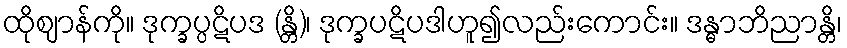
ထိုဈာန်ကို။ ဒုက္ခပ္ပဋိပဒ (န္တိ)၊ ဒုက္ခပဋိပဒါဟူ၍လည်းကောင်း။ ဒန္ဓာဘိညာန္တိ၊